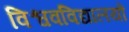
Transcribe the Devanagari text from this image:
विश्ववविद्यालयों